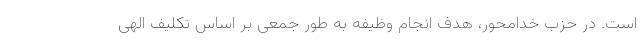
است. در حزب خدامحور، هدف انجام وظیفه به طور جمعی بر اساس تکلیف الهی